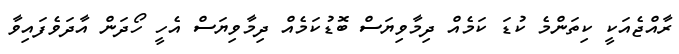
ރާއްޖެއަކީ ކިތަންމެ ކުޑަ ކަމެއް ދިމާވިޔަސް ބޮޑުކަމެއް ދިމާވިޔަސް އެހީ ހޯދަން އާދަވެފައިވާ